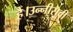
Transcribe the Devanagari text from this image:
है।उन्नीसवीं